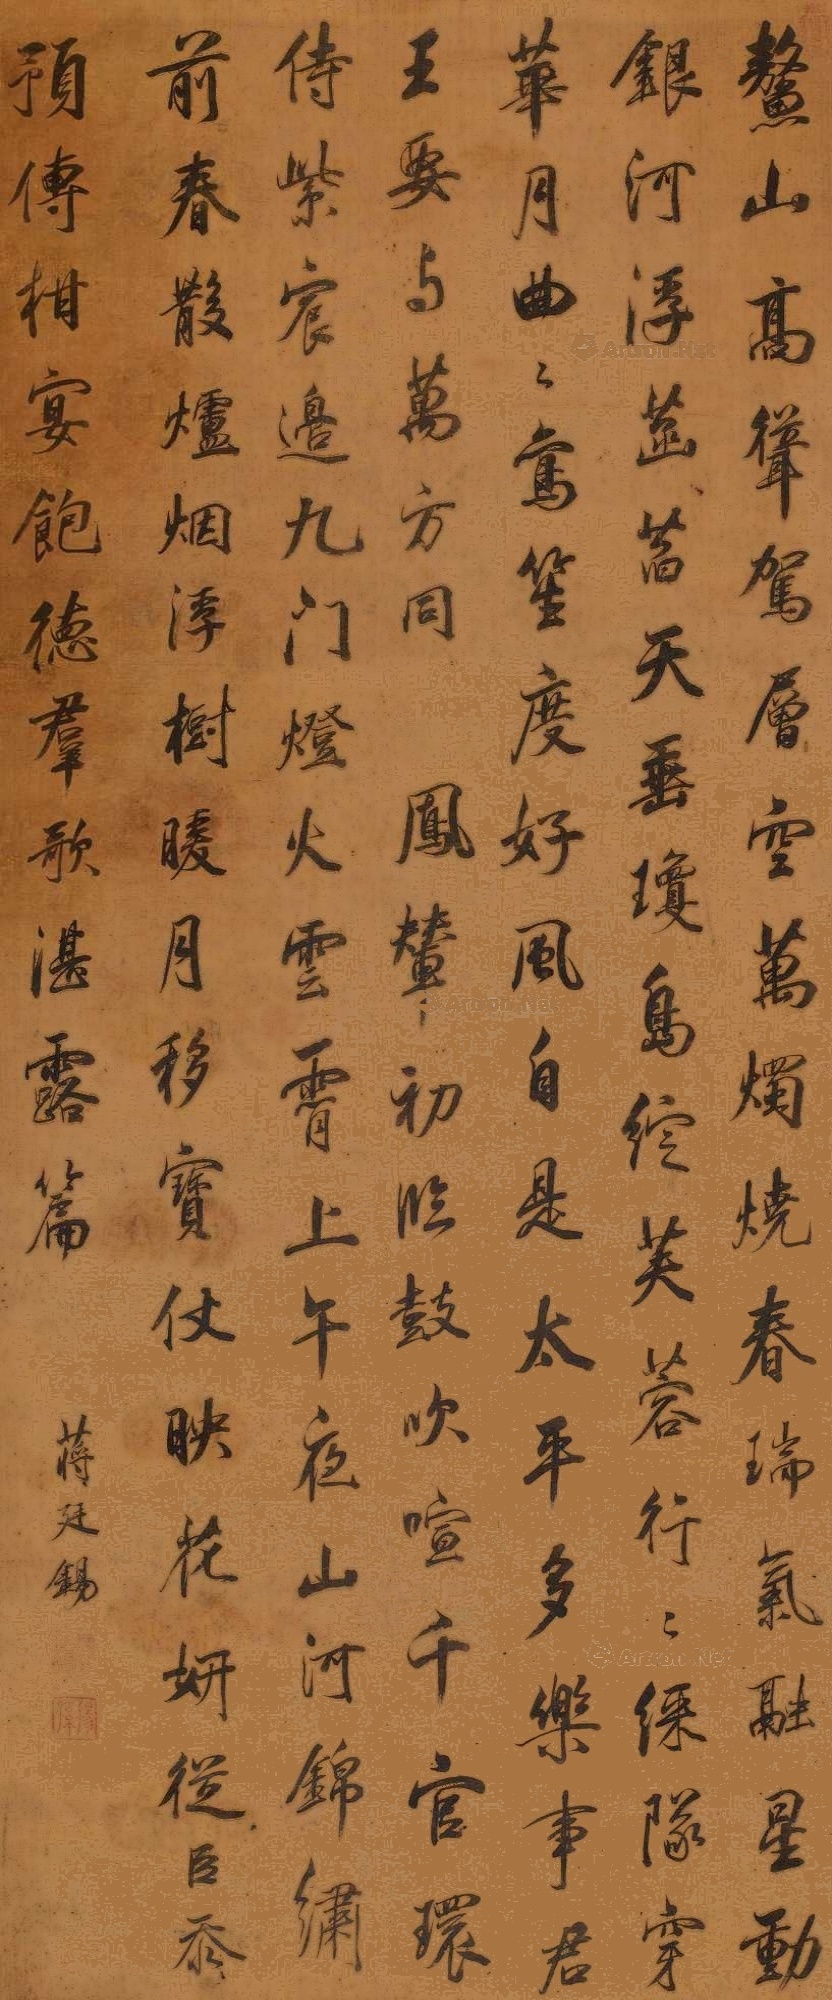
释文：鳌山高耸驾层空，万烛烧春瑞气融。星动银河浮菡萏，天垂琼岛绽芙蓉。行行彩队穿华月，曲曲鸾笙度好风。自是太平多乐事，君王要与万方同。凤辇初临鼓吹喧，千官环侍紫宸边。九门灯火云霄上，午夜山河锦绣前。春散炉烟浮树暖，月移宝仗映花妍。从臣忝预传柑宴，饱德群歌湛露篇。蒋廷锡印（朱）、扬孙（朱）、御赐揖翠堂（朱）